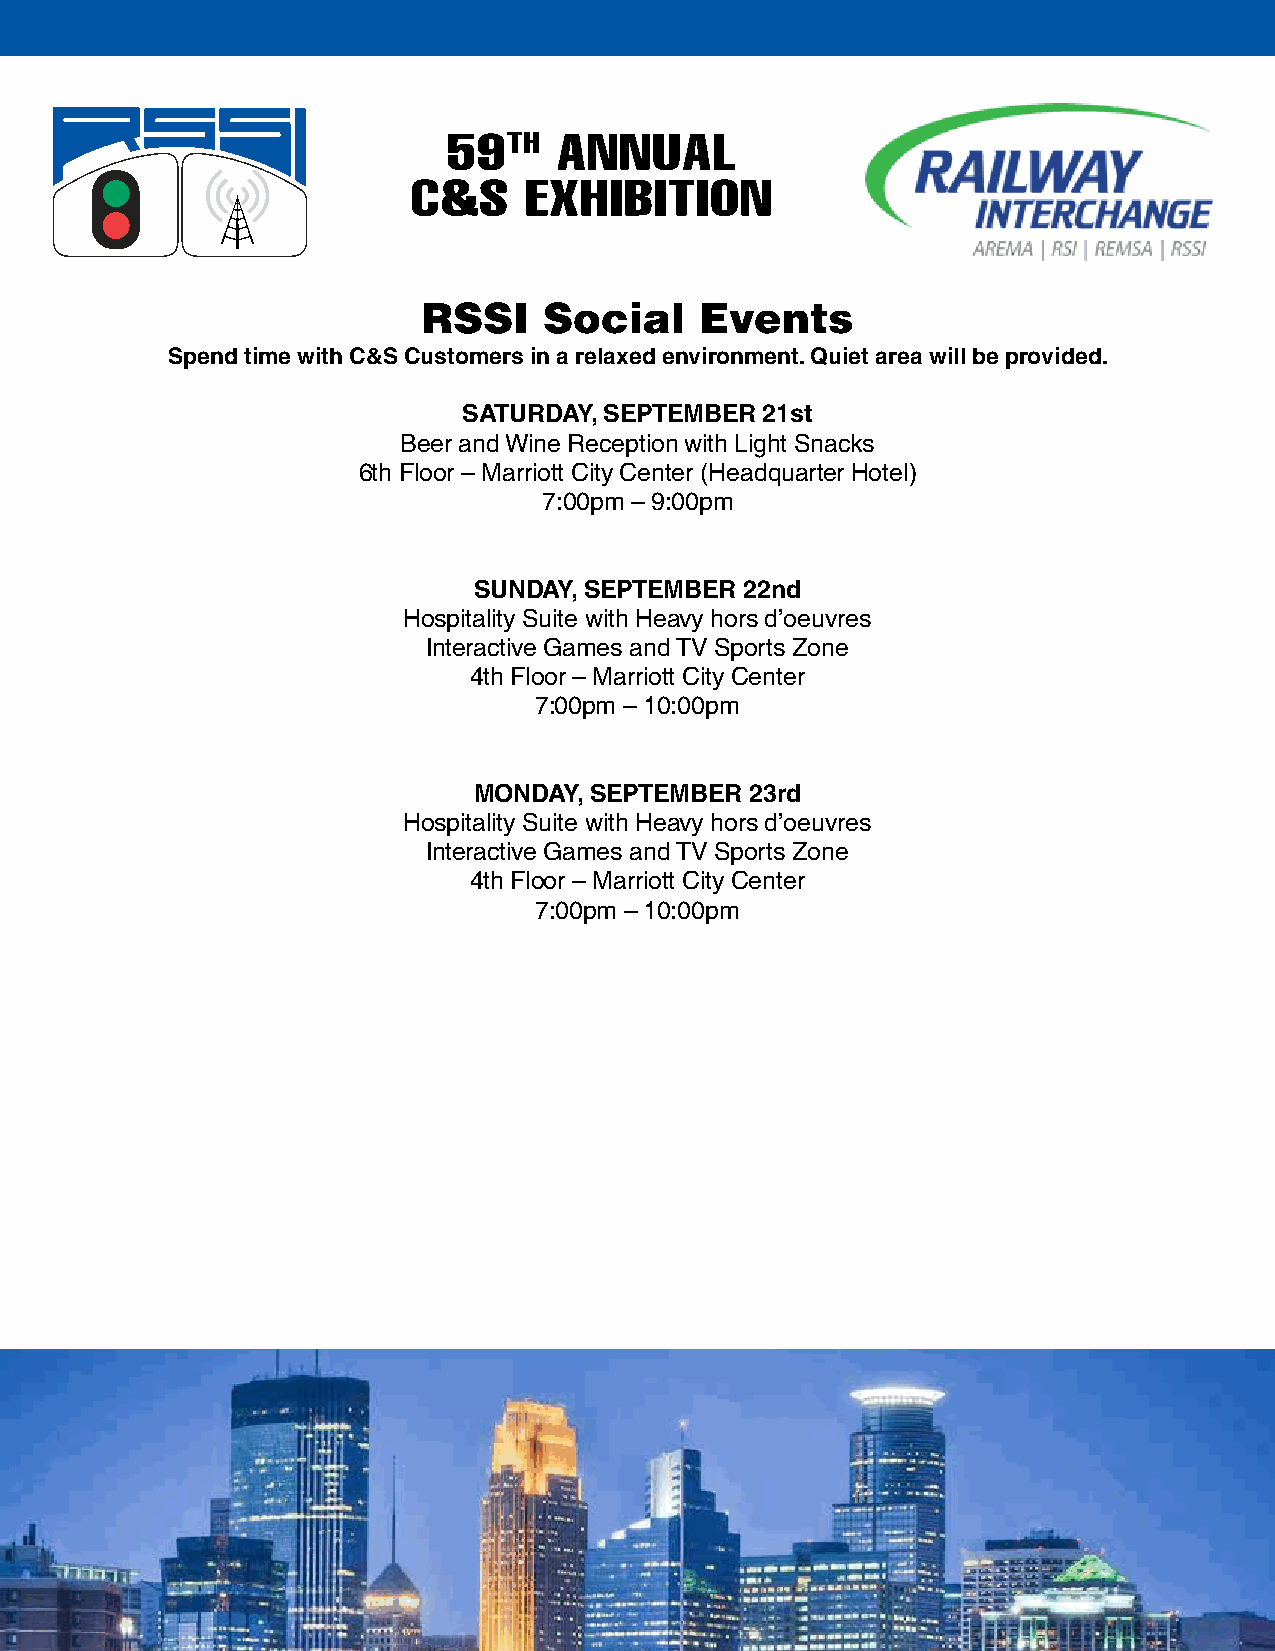
59TH   ANNUAL
 C&S     EXHIBITION
 RSSI    Social    Events
 Spend time with C&S Customers in a relaxed environment. Quiet area will be provided.
 SATURDAY, SEPTEMBER 21st
 Beer and Wine Reception with Light Snacks
 6th Floor – Marriott City Center (Headquarter Hotel)
 7:00pm – 9:00pm
 SUNDAY, SEPTEMBER 22nd
 Hospitality Suite with Heavy hors d’oeuvres
 Interactive Games and TV Sports Zone
 4th Floor – Marriott City Center
 7:00pm – 10:00pm
 MONDAY, SEPTEMBER  23rd
 Hospitality Suite with Heavy hors d’oeuvres
 Interactive Games and TV Sports Zone
 4th Floor – Marriott City Center
 7:00pm – 10:00pm